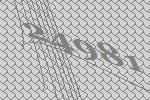
24981